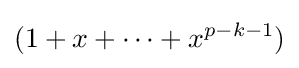
(1+x+\cdots +x^{p-k-1})